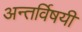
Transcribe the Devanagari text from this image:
अन्तर्विषयी